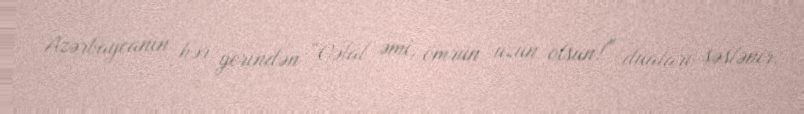
Azərbaycanın hər yerindən “Cəlal əmi, ömrün uzun olsun!” duaları səslənir.